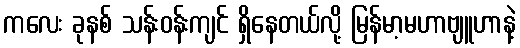
ကလေး ခုနစ် သန်းဝန်းကျင် ရှိနေတယ်လို့ မြန်မာ့မဟာဗျူဟာနဲ့